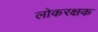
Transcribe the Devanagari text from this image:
लोकरक्षक